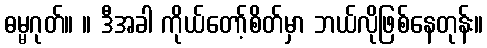
ဓမ္မဂုတ်။ ။ ဒီအခါ ကိုယ်တော့်စိတ်မှာ ဘယ်လိုဖြစ်နေတုန်း။